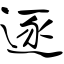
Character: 逐